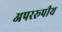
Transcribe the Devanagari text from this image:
अपररूपीय